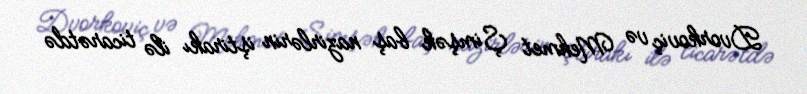
Dvorkoviç və Mehmet Şimşək baş nazirlərin iştirakı ilə ticarətdə